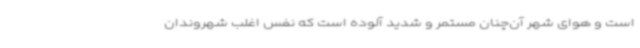
است و هوای شهر آن‌چنان مستمر و شدید آلوده است که نفس اغلب شهروندان